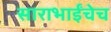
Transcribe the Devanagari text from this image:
साराभाईंचेच